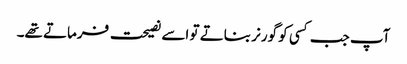
آپ جب کسی کو گورنر بناتے تو اسے نصیحت فرماتے تھے۔